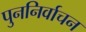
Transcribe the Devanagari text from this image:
पुननिर्वाचन